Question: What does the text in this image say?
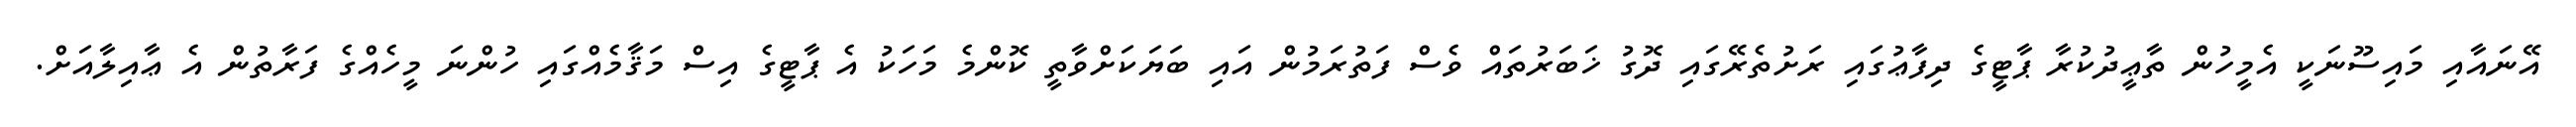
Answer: އޭނައާއި މައިސޫނަކީ އެމީހުން ތާޢީދުކުރާ ޕާޓީގެ ދިފާޢުގައި ރަށުތެރޭގައި ދޮގު ޚަބަރުތައް ވެސް ފަތުރަމުން އައި ބަޔަކަށްވާތީ ކޮންމެ މަހަކު އެ ޕާޓީގެ އިސް މަޤާމެއްގައި ހުންނަ މީހެއްގެ ފަރާތުން އެ ޢާއިލާއަށް.